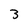
Character: 3